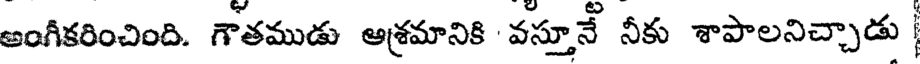
అంగీకరించింది. గౌతముడు ఆశ్రమానికి వస్తూనే నీకు శాపాలనిచ్చాడు